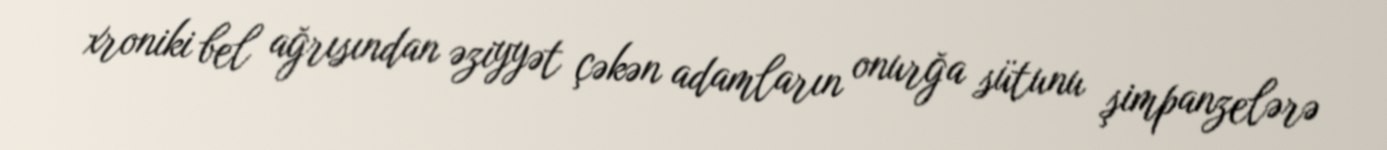
xroniki bel ağrısından əziyyət çəkən adamların onurğa sütunu şimpanzelərə